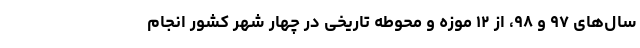
سال‌های ۹۷ و ۹۸، از ۱۲ موزه و محوطه تاریخی در چهار شهر کشور انجام